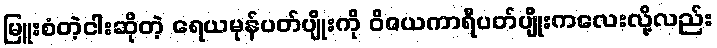
မြူးစံတဲ့ငါးဆိုတဲ့ ရေယမုန်ပတ်ပျိုးကို ဝိဇယကာရီပတ်ပျိုးကလေးလို့လည်း